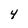
Character: 4